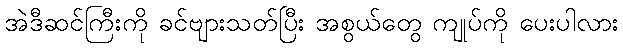
အဲဒီဆင်ကြီးကို ခင်ဗျားသတ်ပြီး အစွယ်တွေ ကျုပ်ကို ပေးပါလား